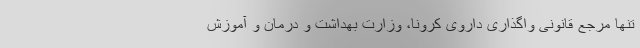
تنها مرجع قانونی واگذاری داروی کرونا، وزارت بهداشت و درمان و آموزش